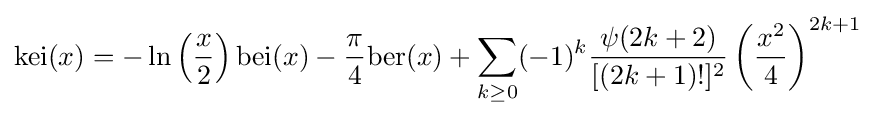
\mathrm {kei} (x)=-\ln \left({\frac {x}{2}}\right)\mathrm {bei} (x)-{\frac {\pi }{4}}\mathrm {ber} (x)+\sum _{k\geq 0}(-1)^{k}{\frac {\psi (2k+2)}{[(2k+1)!]^{2}}}\left({\frac {x^{2}}{4}}\right)^{2k+1}